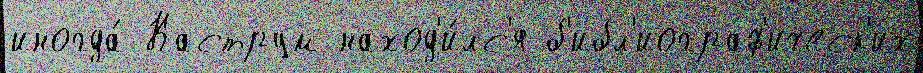
иногда́ Каструм наход'и́лс'я б'ибл'иограф'ическ'их